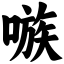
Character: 嗾